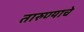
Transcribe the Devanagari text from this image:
तारुण्याचे